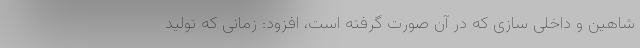
شاهین و داخلی سازی که در آن صورت گرفته است، افزود: زمانی که تولید